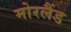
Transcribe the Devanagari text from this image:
मोरलैंड